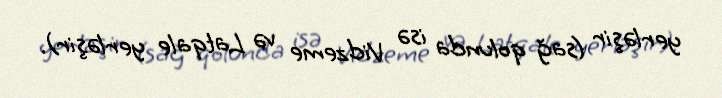
yerləşir (sağ qolunda isə Vidzeme və Latqale yerləşir).